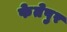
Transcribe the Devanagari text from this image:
फेतेपुर